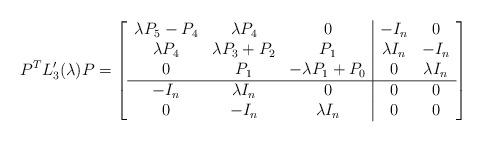
LaTeX: \begin{align*}P^T L_3^\prime(\lambda) P = \left[\begin{array}{ccc|cc}\lambda P_5-P_4 & \lambda P_4 & 0 & -I_n & 0 \\\lambda P_4 & \lambda P_3+P_2 & P_1 & \lambda I_n & -I_n \\0 & P_1 & -\lambda P_1+P_0 & 0 & \lambda I_n\\ \hline-I_n & \lambda I_n & 0 & 0 & 0 \\0 & -I_n & \lambda I_n & 0 & 0\end{array}\right]\end{align*}